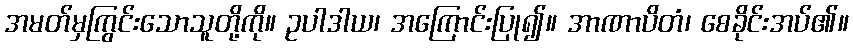
အမတ်မှကြွင်းသောသူတို့ကို။ ဥပါဒါယ၊ အကြောင်းပြု၍။ အာဏာပိတံ၊ စေခိုင်းအပ်၏။